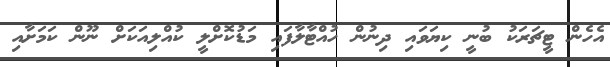
އެހެން ޓީޗަރަކު ބުނީ ކިޔަވައި ދިނުން ހުއްޓާލާފައި މަޑުކޮށްލީ ކުއްލިއަކަށް ނޫން ކަމަށާއި